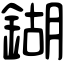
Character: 鍸